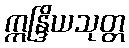
ဣန္ဒြိယသုတ္တ